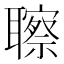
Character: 聺